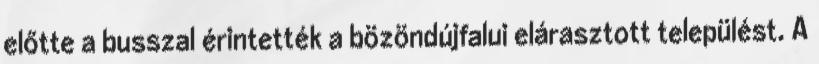
előtte a busszal érintették a bözöndújfalui elárasztott települést. A